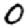
Digit: 0